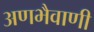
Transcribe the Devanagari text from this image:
अणभैवाणी